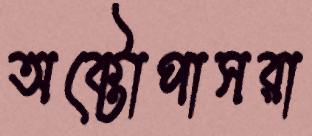
অক্টোপাসরা